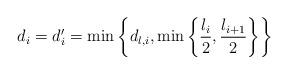
LaTeX: \begin{align*}d_i=d_i'=\min\left\{d_{l,i},\min\left\{\frac{l_i}2,\frac{l_{i+1}}2\right\}\right\}\end{align*}